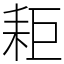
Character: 耟